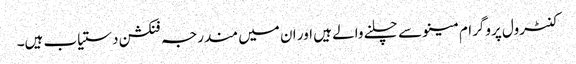
کنٹرول پروگرام مینو سے چلنے والے ہیں اور ان میں مندرجہ فنکشن دستیاب ہیں۔